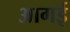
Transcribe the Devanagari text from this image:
आगई